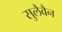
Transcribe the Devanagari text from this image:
सुलैवैन